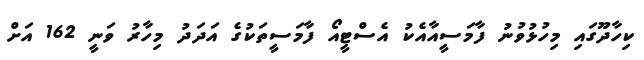
ކިހާދޫގައި މިހުޅުވުނު ފާމަސީއާއެކު އެސްޓީއޯ ފާމަސީތަކުގެ އަދަދު މިހާރު ވަނީ 162 އަށް